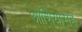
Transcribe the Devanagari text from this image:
आशियासह